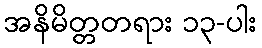
အနိမိတ္တတရား ၁၃-ပါး